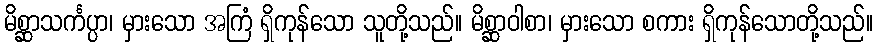
မိစ္ဆာသင်္ကပ္ပာ၊ မှားသော အကြံ ရှိကုန်သော သူတို့သည်။ မိစ္ဆာဝါစာ၊ မှားသော စကား ရှိကုန်သောတို့သည်။